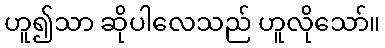
ဟူ၍သာ ဆိုပါလေသည် ဟူလိုသော်။